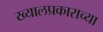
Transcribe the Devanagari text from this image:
ख्यालप्रकाराच्या